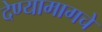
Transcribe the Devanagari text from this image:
देण्यामागचे